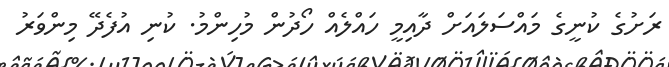
ރަށުގެ ކުނީގެ މައްސަލައަށް ދާއިމީ ހައްލެއް ހޯދުން މުހިންމު. ކުނި އުފެދޭ މިންވަރު